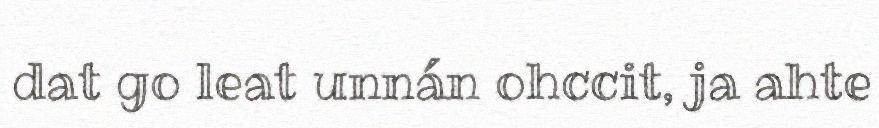
dat go leat unnán ohccit, ja ahte